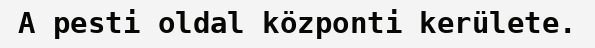
A pesti oldal központi kerülete.